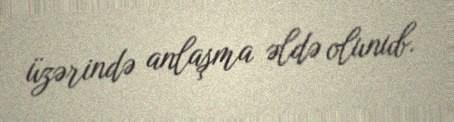
üzərində anlaşma əldə olunub.